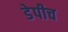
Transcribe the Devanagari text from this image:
डेपीच